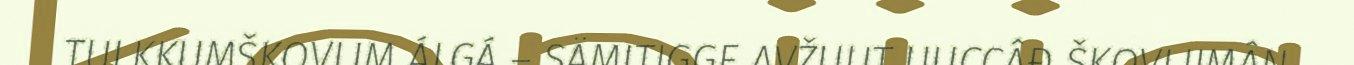
TULKKUMŠKOVLIM ÁLGÁ – SÄMITIGGE AVŽUUT UUCCÂĐ ŠKOVLIIMÂN